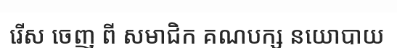
រើស ចេញ ពី សមាជិក គណបក្ស នយោបាយ